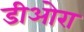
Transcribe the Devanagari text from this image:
डीओरा